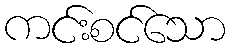
ကင်းစင်သော